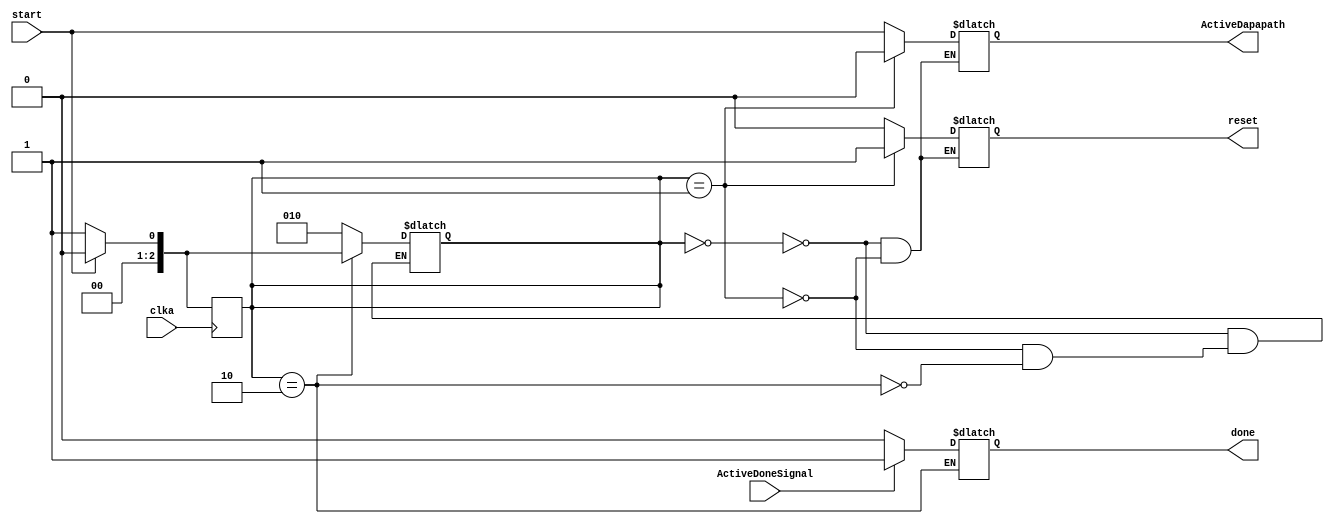
`timescale 1ns / 1ps
//activa y desactiva el datapath
module FSM(start, ActiveDapapath,done, clka, ActiveDoneSignal, reset);
//control the inputs
input start, clka;
input ActiveDoneSignal;

output reg ActiveDapapath, done, reset;


//---------------------------VARIABLES HACER LOS ESTADOS------------------------------
//para guardar los estados
reg [2:0]stage;


//STAGES
parameter S0 = 0;//Cuando esta encendidp
parameter S1 = 1;//Cuando esta apagado
parameter S2 = 2; //Estatico, es decir, luego de un estado siempre vuelve a este y este es el que determina el siguiente estado
//--------------------------------------------------------------------------

//Fire on Clk
always @(posedge clka)
    begin
        //si se preciona el reset, ira al primer estado
        if(start)
            stage = S0;
            //si no seguira en el loop de los estados
        else
             stage = S1;
        
    end
    
always @ (*)begin

    case(stage)
        //START PRENDIDO
         S0:begin
            ActiveDapapath <= start;
            reset <= 0;
            stage = S2;
          
         end
         //START APAGADO
         S1:begin
             reset <= 1;
             ActiveDapapath  <= 0;
             stage = S2;
         end
         //Estado de verificacion
         S2:begin
            if(ActiveDoneSignal)
                 done = 1;
              else 
                 done = 0; 
                 
                 
            if(start)
                stage = S0;
            else
                stage = S1;
         end
     endcase
    end
endmodule